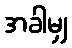
အခါမျှ